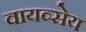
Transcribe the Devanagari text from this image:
वायव्सेय